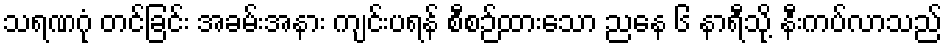
သရဏဂုံ တင်ခြင်း အခမ်းအနား ကျင်းပရန် စီစဉ်ထားသော ညနေ ၆ နာရီသို့ နီးကပ်လာသည်